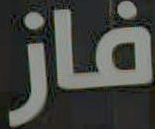
فاز